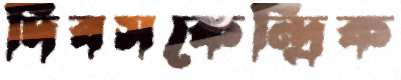
দিবসকেন্দ্রিক